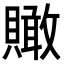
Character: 𧸂